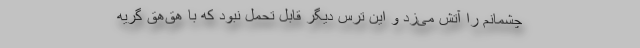
چشمانم را آتش می‌زد و این ترس دیگر قابل تحمل نبود که با هق‌هق گریه